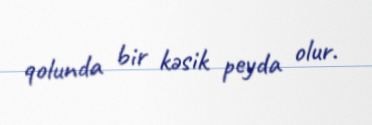
qolunda bir kəsik peyda olur.